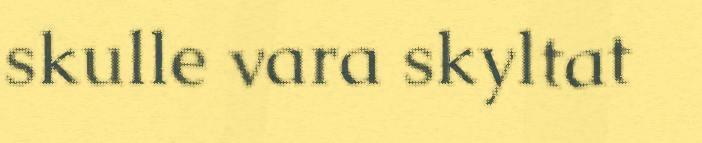
skulle vara skyltat